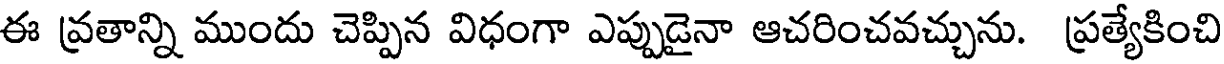
ఈ వ్రతాన్ని ముందు చెప్పిన విధంగా ఎప్పుడైనా ఆచరించవచ్చును. ప్రత్యేకించి